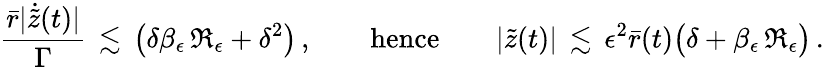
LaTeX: \frac{\bar{r}|\dot{\tilde{z}}(t)|}{\Gamma}\, \lesssim\, \bigl(\delta\beta_{\epsilon}\, \mathfrak{R}_{\epsilon}+\delta^{2}\bigr)\, ,\qquad\mathrm{hence}\qquad|\tilde{z}(t)|\, \lesssim\, \epsilon^{2}\bar{r}(t)\bigl(\delta+\beta_{\epsilon}\, \mathfrak{R}_{\epsilon}\bigr)\, .